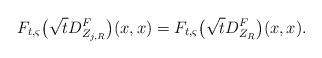
LaTeX: \begin{align*}F_{t,\varsigma}\big(\sqrt{t}D^F_{Z_{j,R}}\big)(x,x) =F_{t,\varsigma}\big(\sqrt{t}D^F_{Z_R}\big)(x,x).\end{align*}